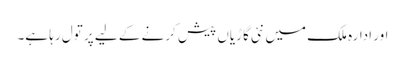
اور ادارہ ملک میں نئی گاڑیاں پیش کرنے کے لیے پر تول رہا ہے۔